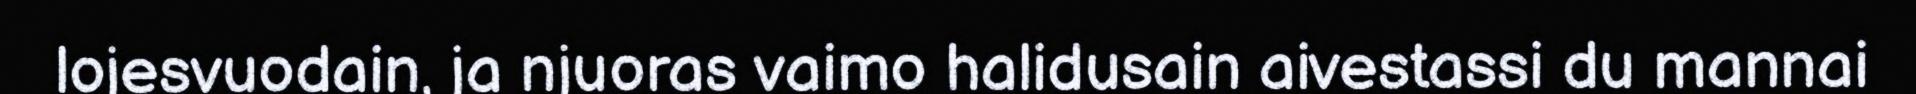
lojesvuodain, ja njuoras vaimo halidusain aivestassi du mannai